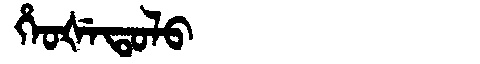
Manchu: ᡥᡝᠣᡧᡝᡨᠣᠯᠣ
Romanization: HEOŠETOLO